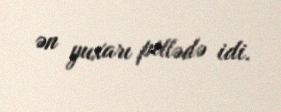
ən yuxarı pillədə idi.